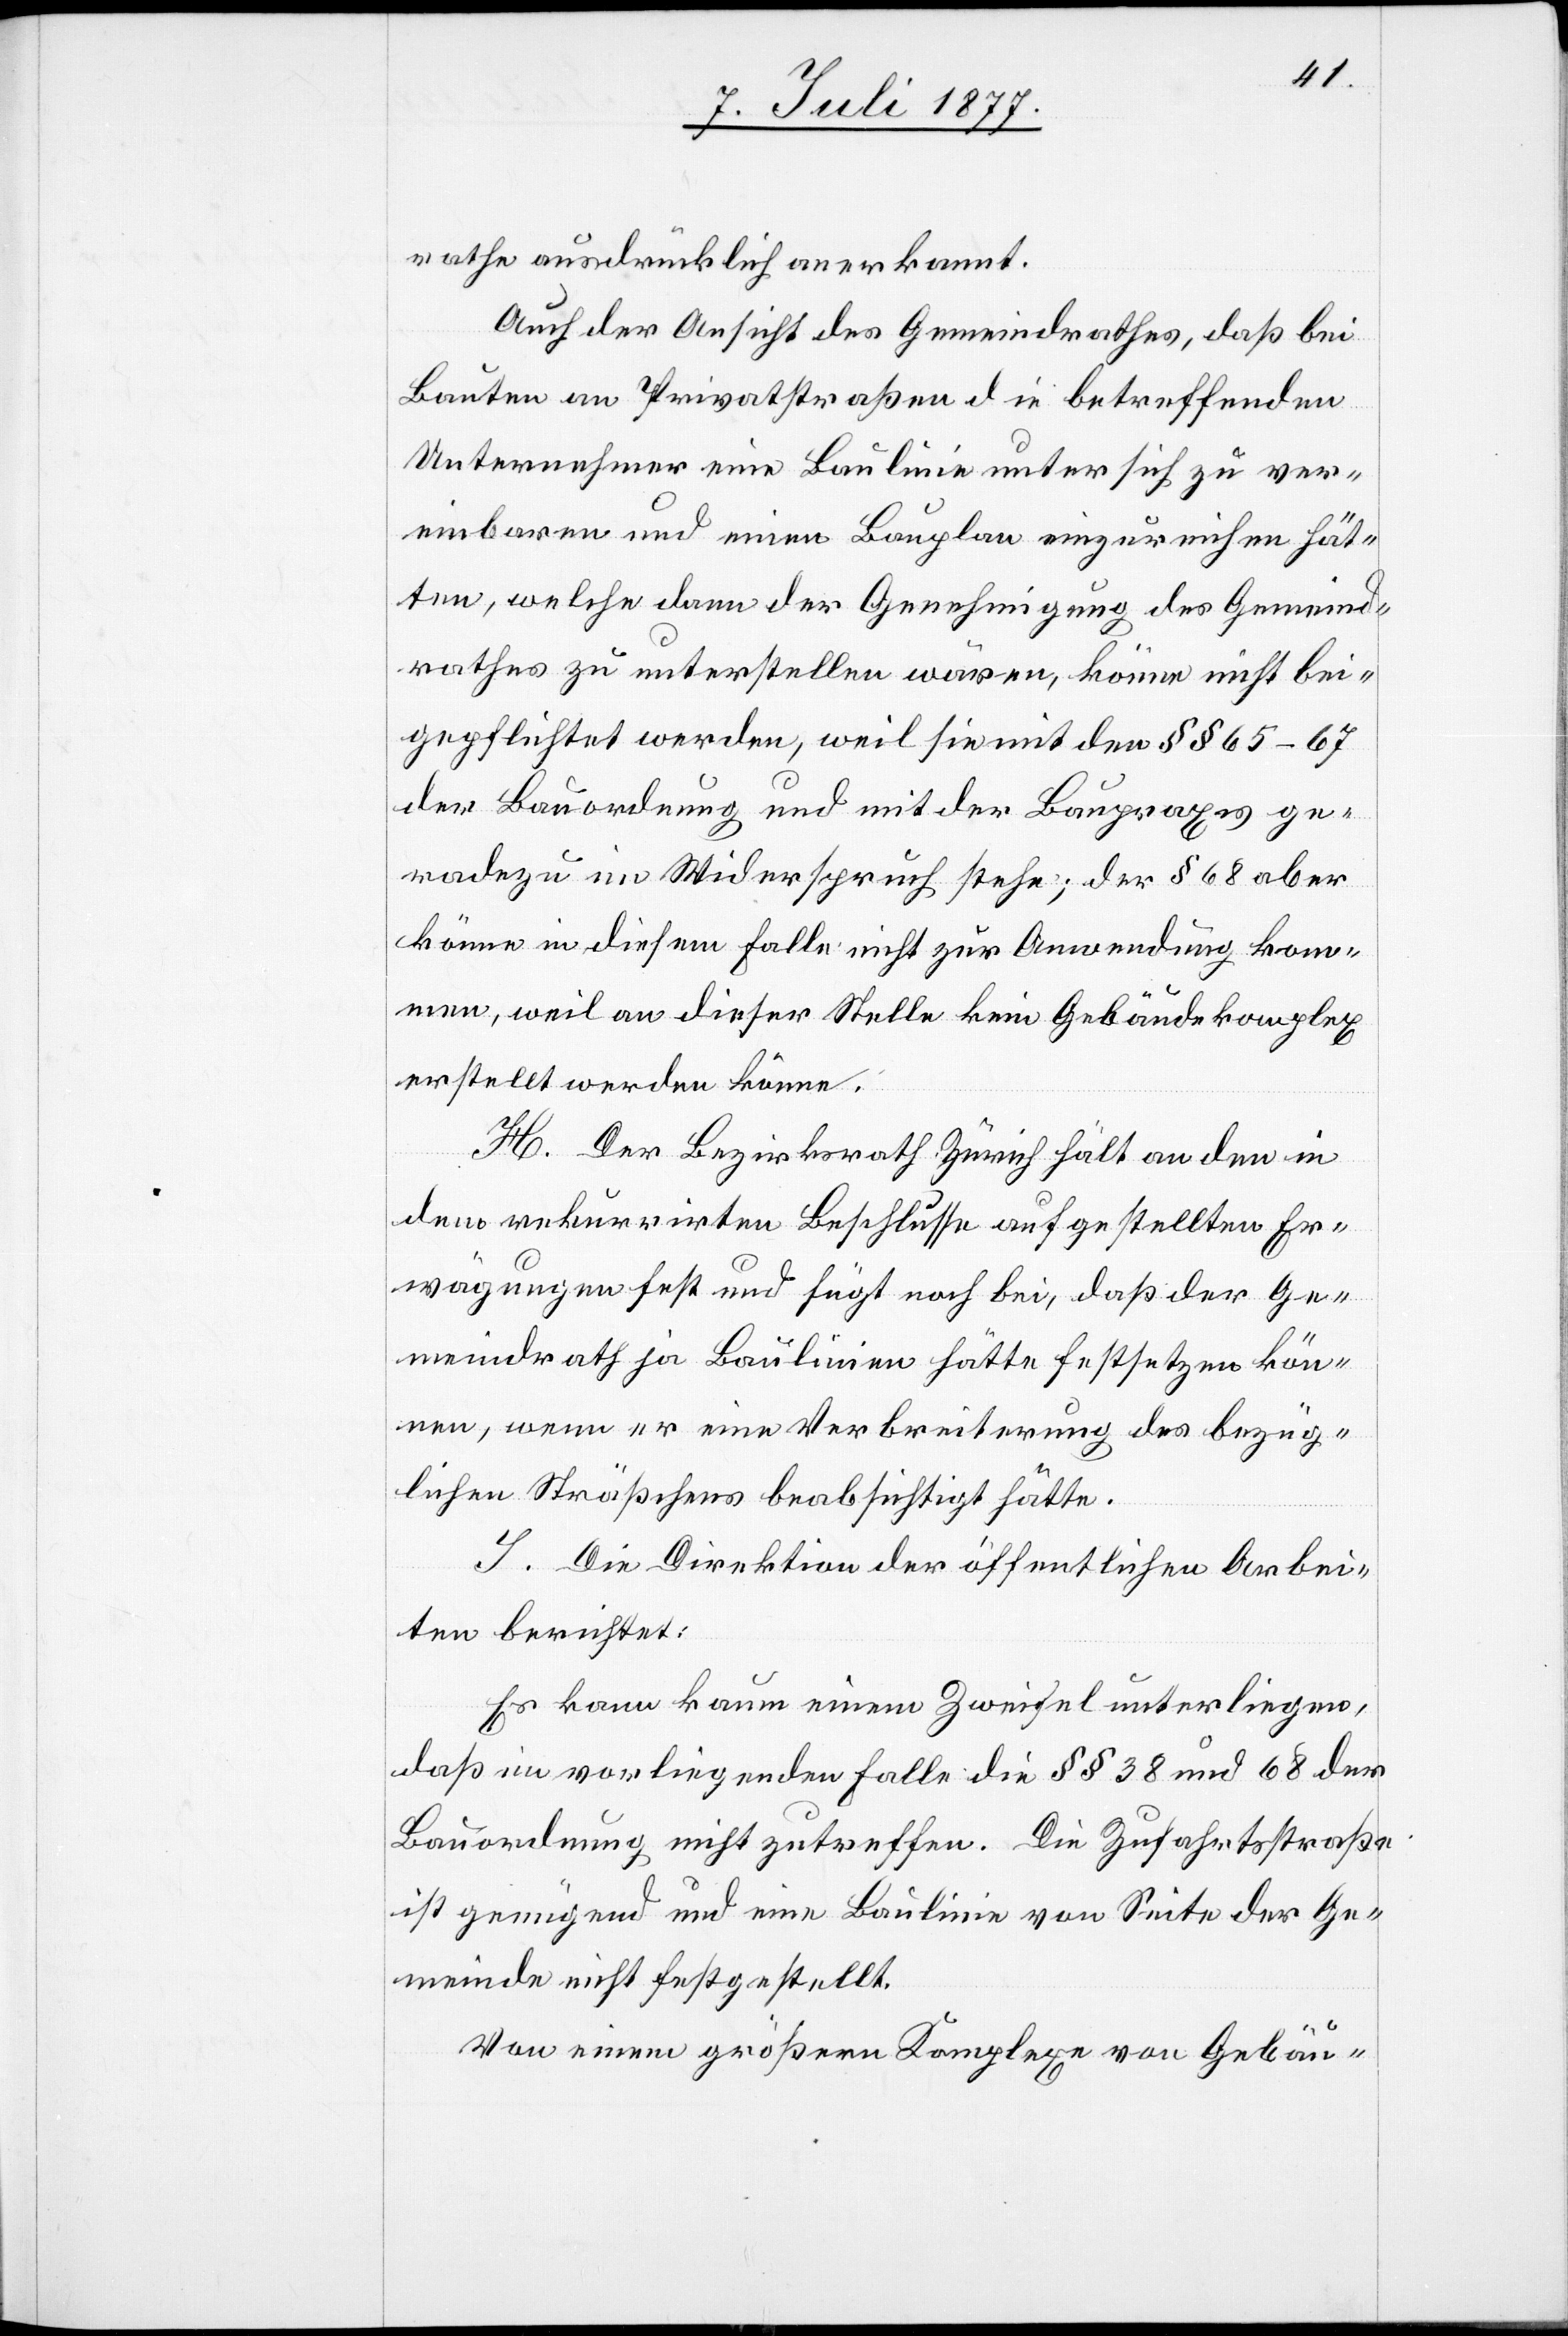
rathe ausdrücklich anerkannt.
Auch der Ansicht des Gemeindrathes, daß bei
Bauten an Privatstraßen die betreffenden
Unternehmer eine Baulinie unter sich zu ver¬
einbaren und einen Bauplan einzureichen hät¬
ten, welche dann der Genehmigung des Gemeind¬
rathes zu unterstellen wären, könne nicht bei¬
gepflichtet werden, weil sie mit den §§ 65–67
der Bauordnung und mit der Baupraxis ge¬
radezu im Widerspruch stehe; der § 68 aber
könne in diesem Falle nicht zur Anwendung kom¬
men, weil an dieser Stelle kein Gebäudekomplex
erstellt werden könne.
H. Der Bezirksrath Zürich hält an den in
dem rekurrirten Beschlusse aufgestellten Er¬
wägungen fest und fügt noch bei, daß der Ge¬
meindrath ja Baulinien hätte festsetzen kön¬
nen, wenn er eine Verbreiterung des bezüg¬
lichen Sträßchens beabsichtigt hätte.
I. Die Direktion der öffentlichen Arbei¬
ten berichtet:
Es kann kaum einem Zweifel unterliegen,
daß im vorliegenden Falle die §§ 38 und 68 der
Bauordnung nicht zutreffen. Die Zufahrtsstraße
ist genügend und eine Baulinie von Seite der Ge¬
meinde nicht festgestellt.
Von einem größern Komplexe von Gebäu-